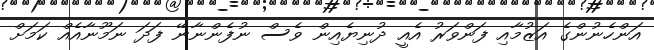
އަންހެނުންގެ އަޒުމާއި ފަންވަރު އެއީ ދުނިޔެއިން ވެސް ނުފެންނާނޭ ފަދަ ނަމޫނާއެއް ކަމަށް